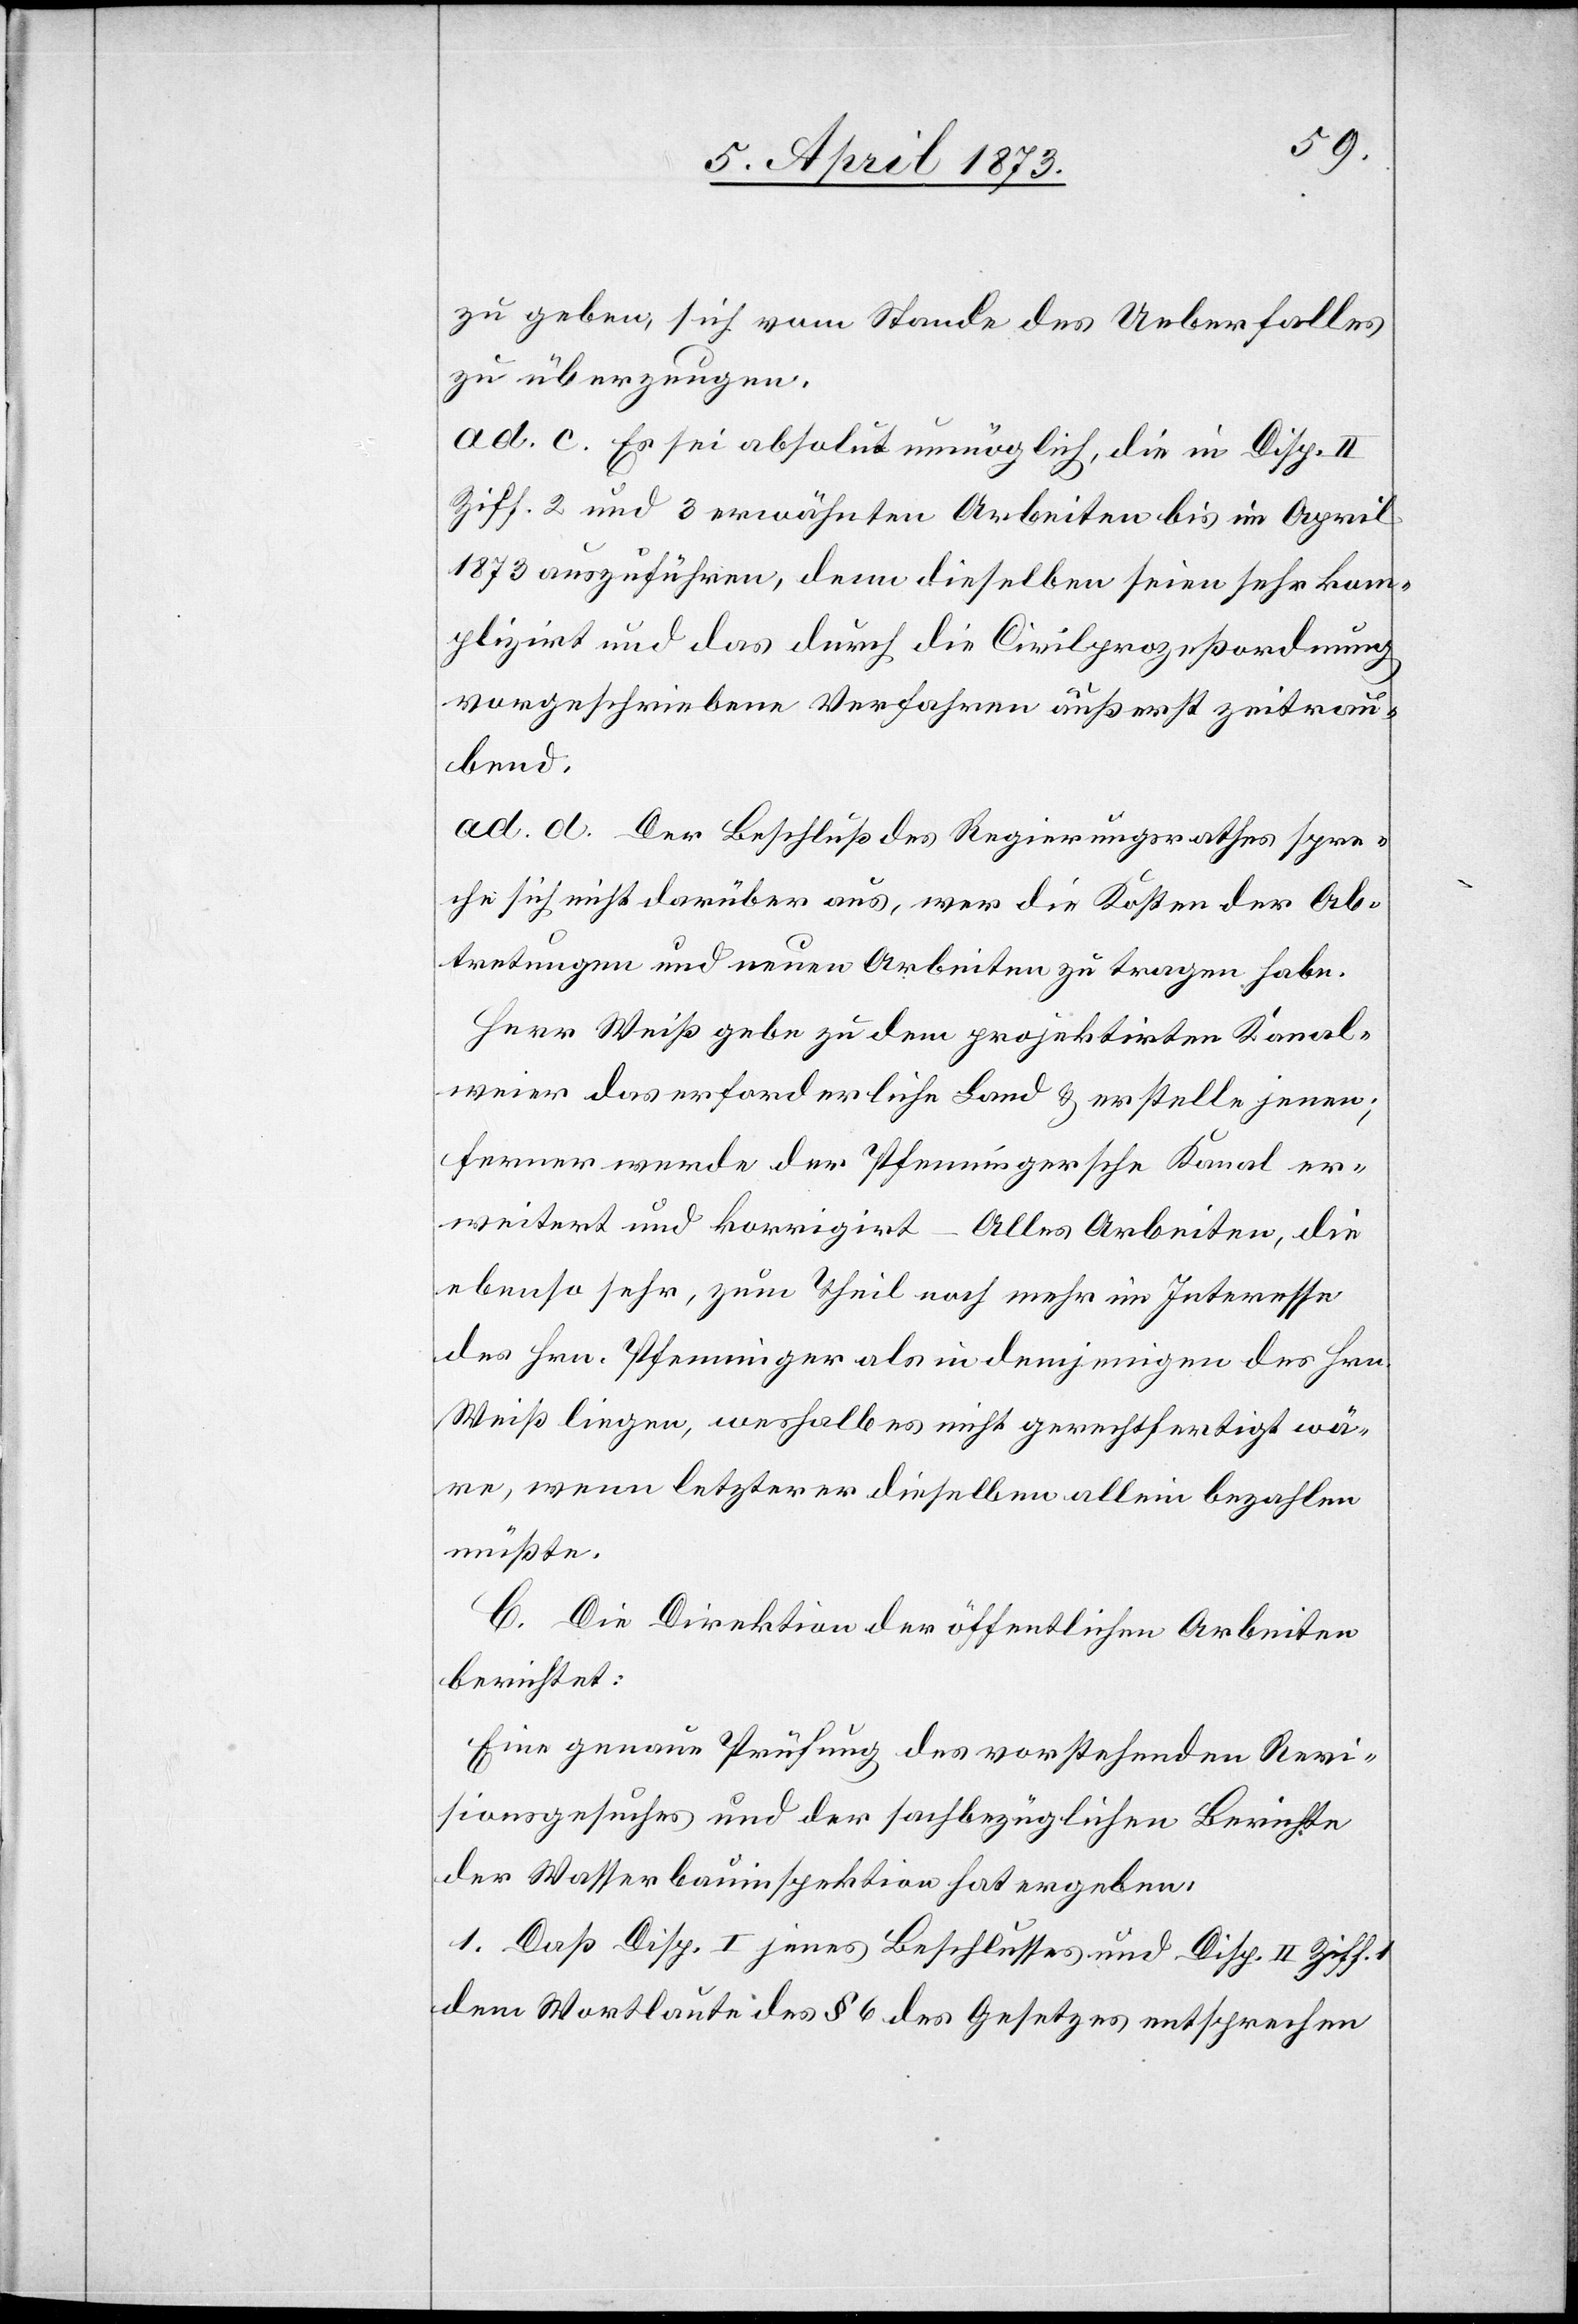
zu geben sich vom Stande des Ueberfalles
zu überzeugen.
ad. c. Es sei absolut unmöglich, die in Disp. II
Ziff. 2 und 3 erwähnten Arbeiten bis im April
1873 auszuführen, denn dieselben seien sehr kom¬
plizirt und das durch die Civilprozeßordnung
vorgeschriebene Verfahren äußerst zeitrau¬
bend.
ad. d. Der Beschluß des Regierungsrathes spre¬
che sich nicht darüber aus, wer die Kosten der Ab¬
tretungen und neuen Arbeiten zu tragen habe.
Herr Weiß gebe zu dem projektirten Kanal¬
weier das erforderliche Land u. erstelle jenen;
ferner werde der Pfenningersche Kanal er¬
weitert und korrigirt – Alles Arbeiten, die
ebenso sehr, zum Theil noch mehr im Interesse
des Hrn. Pfenninger als in demjenigen des Hrn.
Weiß liegen, weshalb es nicht gerechtfertigt wä¬
re, wenn letzterer dieselben allein bezahlen
müßte.
C. Die Direktion der öffentlichen Arbeiten
berichtet:
Eine genaue Prüfung des vorstehenden Revi¬
sionsgesuches und der sachbezüglichen Berichte
der Wasserbauinspektion hat ergeben:
1. Daß Disp. I jenes Beschlusses und Disp. II. Ziff. 1
dem Wortlaute des § 6 des Gesetzes entsprechen